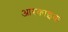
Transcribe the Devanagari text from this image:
आरकाइक